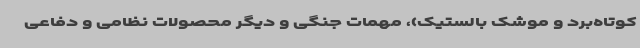
کوتاه‌برد و موشک بالستیک)، مهمات جنگی و دیگر محصولات نظامی و دفاعی